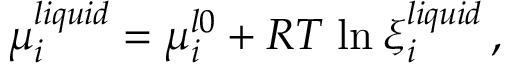
\mu _ { i } ^ { l i q u i d } = \mu _ { i } ^ { l 0 } + R T \; \mathrm { l n } \: \xi _ { i } ^ { l i q u i d } \, ,